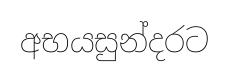
අභයසුන්දරට